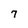
Character: 7